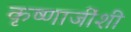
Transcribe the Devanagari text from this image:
कृष्णाजींशी